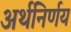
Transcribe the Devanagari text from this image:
अर्थनिर्णय